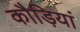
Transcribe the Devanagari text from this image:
कौड़ियां